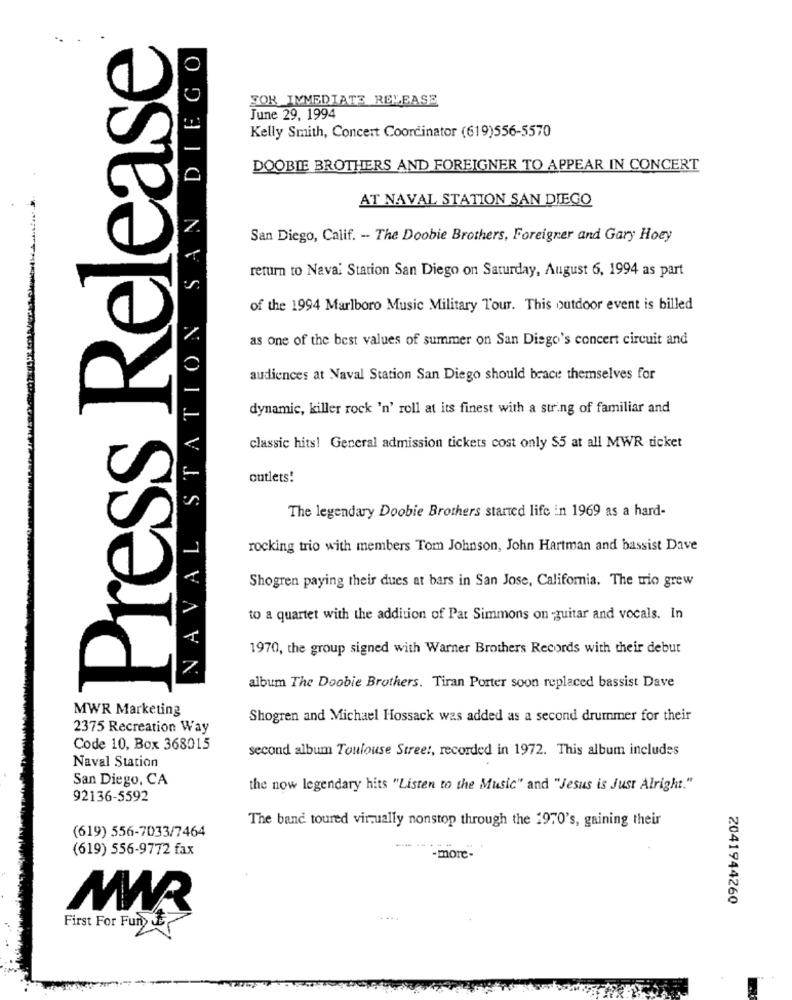
Press Release
NAVAL STATION SAN DIEGO
FOR IMMEDIATE RELEASE
June 29, 1994
Kelly Smith, Concert Coordinator (619)556-5570
DOOBIE BROTHERS AND FOREIGNER TO APPEAR IN CONCERT
AT NAVAL STATION SAN DIEGO
7.
San Diego, Calif. - The Doobie Brothers, Foreigner and Gary Hoey
return to Nava: Station San Diego on Saturday, August 6, 1994 as part
of the 1994 Marlboro Music Military Tour. This outdoor event is billed
as one of the best values of summer on San Diego's concert circuit and
audiences at Naval Station San Diego should brace themselves for
dynamic, killer rock 'n' roll at its finest with a string of familiar and
classic hits! General admission tickets cost only $5 at all MWR ticket
outlets!
The legendary Doobie Brothers started life in 1969 as a hard-
rocking trio with members Tom Johnson, John Hartman and bassist Dave
Shogren paying their dues at bars in San Jose, California. The tio grew
to a quartet with the addition of Pat Simmons on -guitar and vocals. In
1970, the group signed with Warner Brothers Records with their debut
7.
album The Doobie Brothers. Tiran Porter soon replaced bassist Dave
MWR Marketing
Shogren and Michael Hossack was added as a second drummer for their
2375 Recreation Way
Code 10, Box 368015
second album Toulouse Street, recorded in 1972. This album includes
Naval Station
San Diego, CA
the now legendary hits "Listen to the Music" and "Jesus is Just Alright."
92136-5592
The band toured virtually nonstop through the 1970's, gaining their
(619) 556-7033/7464
(619) 556-9772 fax
-more-
2041944260
MAR
First For Fun JE